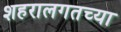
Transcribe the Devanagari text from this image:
शहरालगतच्या